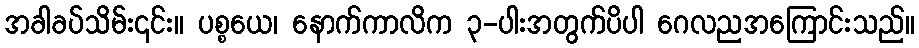
အခါခပ်သိမ်း၎င်း။ ပစ္စယေ၊ နောက်ကာလိက ၃-ပါးအတွက်ပိပါ ဂေလညအကြောင်းသည်။